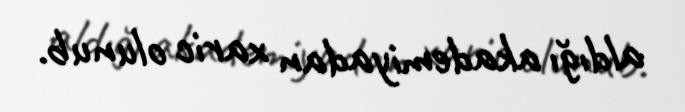
aldığı akademiyadan xaric olunub.